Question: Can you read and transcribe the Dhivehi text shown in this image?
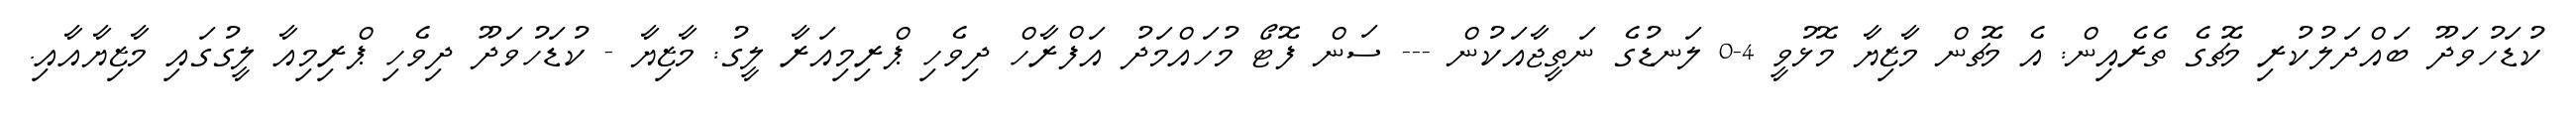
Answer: ކުޑަހުވަދޫ ބައްދަލުކުރި މެޗުގެ ތެރެއިން: އެ މެޗުން މާޒިޔާ މޮޅުވީ 4-0 ލަނޑުގެ ނަތީޖާއަކުން --- ސަން ފޮޓޯ މުހައްމަދު އަފްރާހް ދިވެހި ޕްރިމިއަރާ ލީގު: މާޒިޔާ - ކުޑަހުވަދޫ ދިވެހި ޕްރިމިއާ ލީގުގައި މާޒިޔާއާއި.